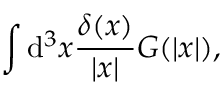
\int \mathrm { d } ^ { 3 } x \frac { \delta ( x ) } { | x | } G ( | x | ) ,